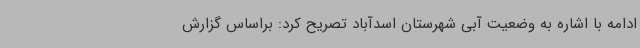
ادامه با اشاره به وضعیت آبی شهرستان اسدآباد تصریح کرد: براساس گزارش